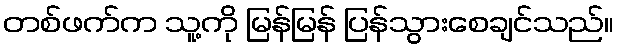
တစ်ဖက်က သူ့ကို မြန်မြန် ပြန်သွားစေချင်သည်။